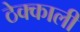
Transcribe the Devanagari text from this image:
ठेक्काली